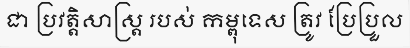
ជា ប្រវត្តិសាស្ត្រ របស់ កម្ពុទេស ត្រូវ ប្រែប្រួល